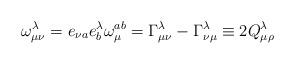
LaTeX: \begin{align*}\omega _{\mu \nu }^{\lambda }=e_{\nu a}e_{b}^{\lambda }\omega _{\mu}^{ab}=\Gamma _{\mu \nu }^{\lambda }-\Gamma _{\nu \mu }^{\lambda }\equiv2Q_{\mu \rho }^{\lambda } \end{align*}